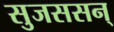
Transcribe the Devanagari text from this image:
सुजससन्